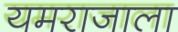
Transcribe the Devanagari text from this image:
यमराजाला